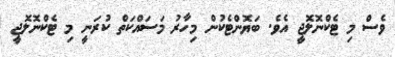
ވެސް މި ޓެކްނޮލޮޖީ އެވެ. ބަޔޮންޓެކުން މިހާރު މަސައްކަތް ކުރަނީ މި ޓެކްނޮލޮޖީ